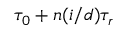
\tau _ { 0 } + n ( i / d ) \tau _ { r }